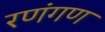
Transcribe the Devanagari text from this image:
रणंगण